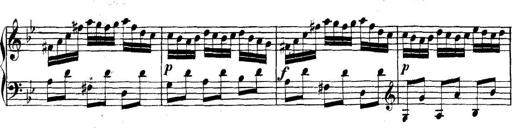
Title: Collected Piano Sonatas
Composer: Muzio Clementi